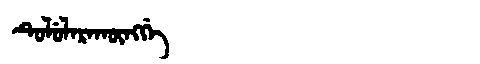
Manchu: ᡨᡠᠯᡠᠯᠠᡵᠠᡴᡡᠩᡤᡝ
Romanization: TULULARAKŪNGGE